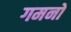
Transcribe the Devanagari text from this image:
गमनों